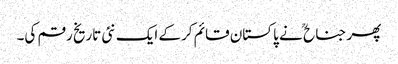
پھر جناح ؒ نے پاکستان قائم کرکے ایک نئی تاریخ رقم کی۔